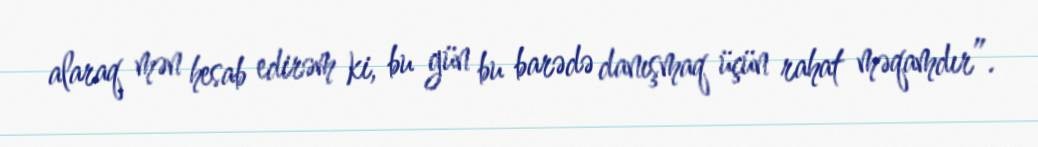
alaraq mən hesab edirəm ki, bu gün bu barədə danışmaq üçün rahat məqamdır”.